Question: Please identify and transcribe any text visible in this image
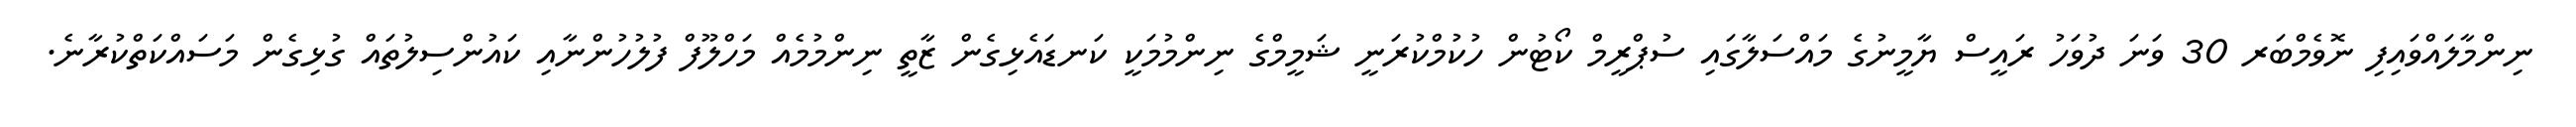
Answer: ނިންމާލައްވައިފި ނޮވެމްބަރ 30 ވަނަ ދުވަހު ރައީސް ޔާމީނުގެ މައްސަލާގައި ސުޕްރީމް ކޯޓުން ހުކުމްކުރަނީ ޝަމީމްގެ ނިންމުމަކީ ކަނޑައެޅިގެން ޒާތީ ނިންމުމެއް މަހްލޫފް ފުލުހުންނާއި ކައުންސިލުތައް ގުޅިގެން މަސައްކަތްކުރާނެ.